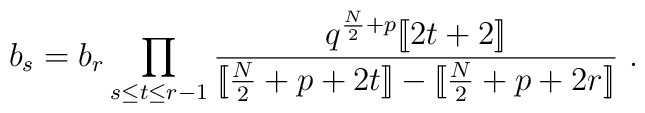
b_s= b_r\prod_{s\le t\le r-1} {q^{{N\over2}+p}[\![2t+2]\!]\over[\![{N\over2}+p+2t]\!]-[\![{N\over2}+p+2r]\!]} \ .